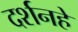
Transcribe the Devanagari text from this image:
दर्शनहे